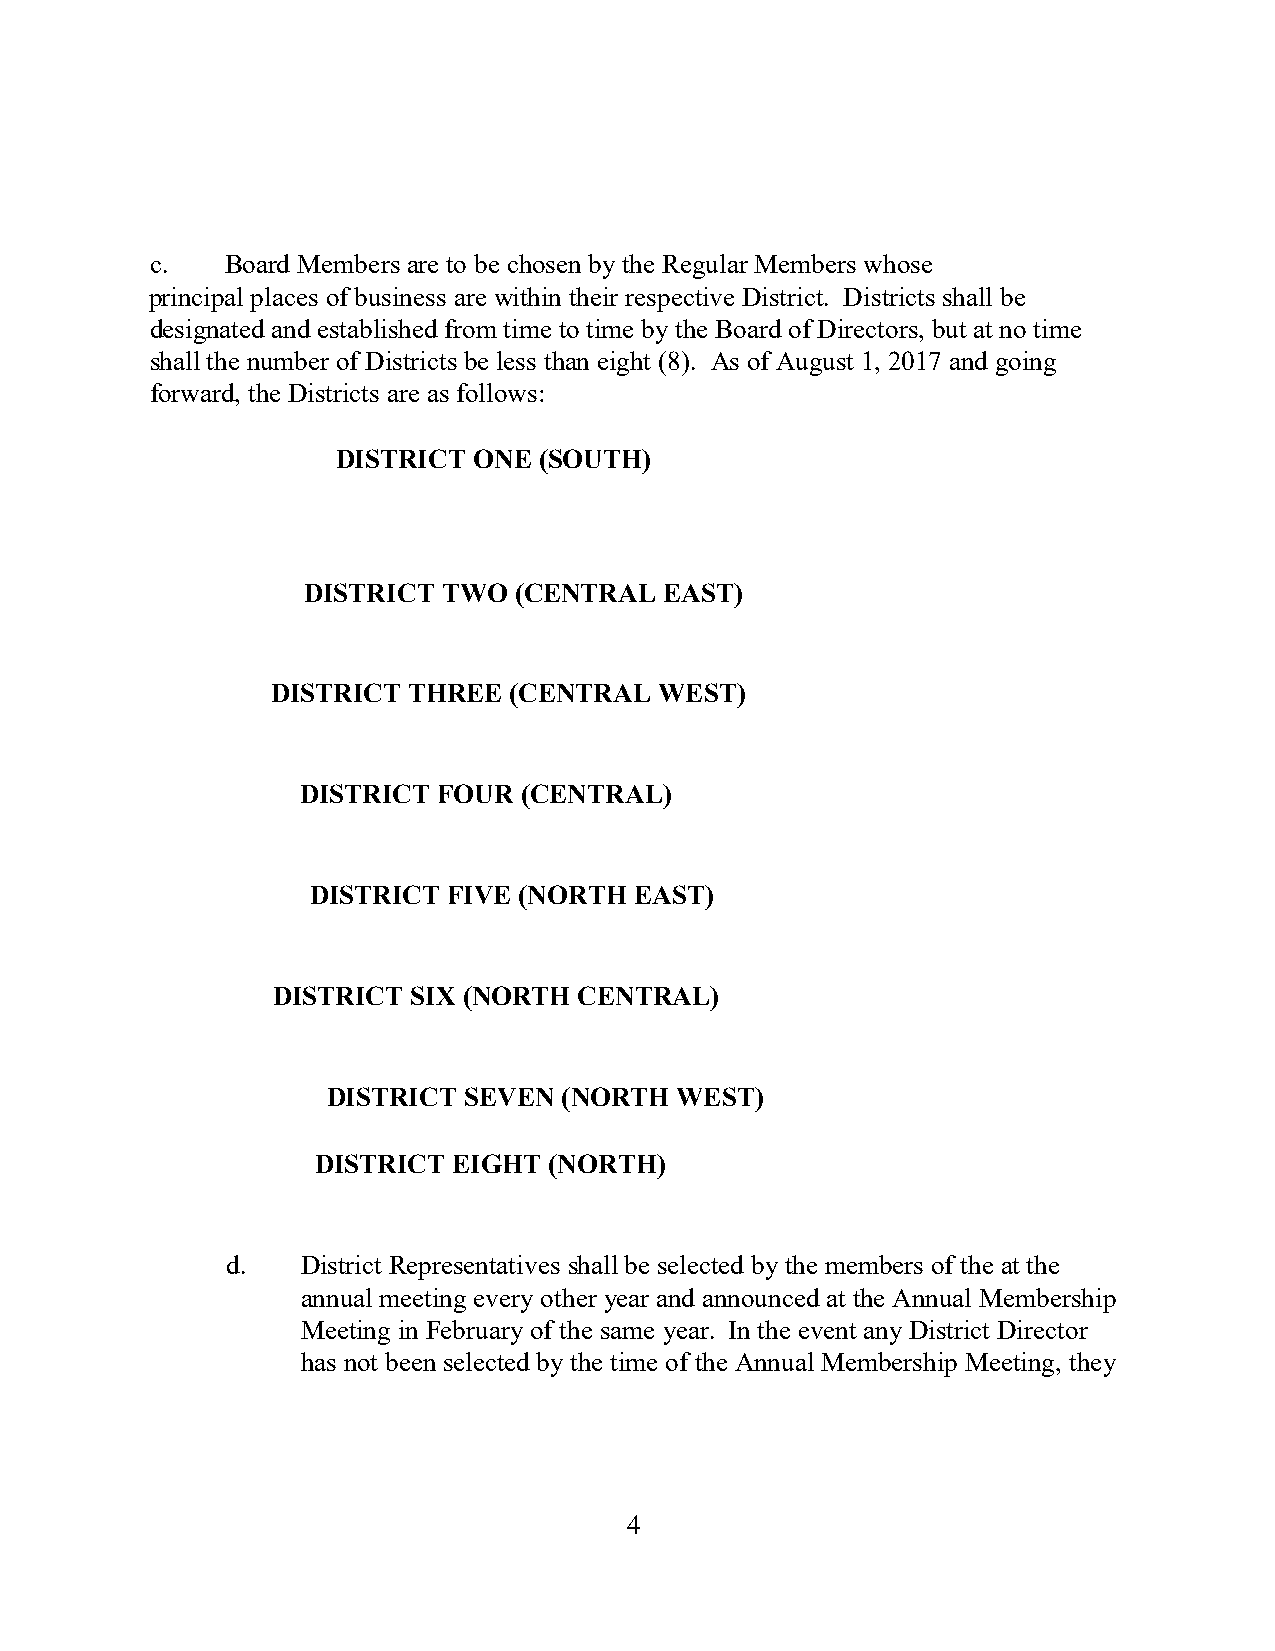
c.   Board Members are to be chosen by the Regular Members whose
 principal places of business are within their respective District. Districts shall be
 designated and established from time to time by the Board of Directors, but at no time
 shall the number of Districts be less than eight (8). As of August 1, 2017 and going
 forward, the Districts are as follows:
 DISTRICT ONE  (SOUTH)
 DISTRICT TWO  (CENTRAL  EAST)
 DISTRICT THREE  (CENTRAL  WEST)
 DISTRICT FOUR  (CENTRAL)
 DISTRICT FIVE (NORTH EAST)
 DISTRICT SIX (NORTH CENTRAL)
 DISTRICT SEVEN (NORTH  WEST)
 DISTRICT EIGHT (NORTH)
 d.   District Representatives shall be selected by the members of the at the
 annual meeting every other year and announced at the Annual Membership
 Meeting in February of the same year. In the event any District Director
 has not been selected by the time of the Annual Membership Meeting, they
 4